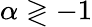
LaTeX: \alpha\gtrless-1